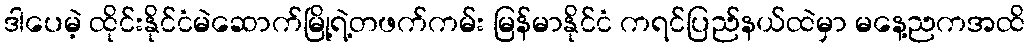
ဒါပေမဲ့ ထိုင်းနိုင်ငံမဲဆောက်မြို့ရဲ့တဖက်ကမ်း မြန်မာနိုင်ငံ ကရင်ပြည်နယ်ထဲမှာ မနေ့ညကအထိ